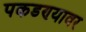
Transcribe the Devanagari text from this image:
पकडण्यावर